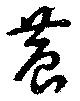
巷